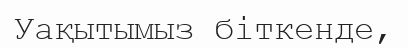
Уақытымыз біткенде,